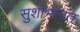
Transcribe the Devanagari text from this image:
सुशोभनात